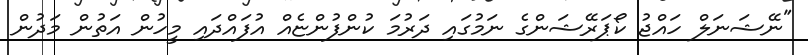
"ނޭޝަނަލް ހައްޖު ކޯޕަރޭޝަންގެ ނަމުގައި ދަރުމަ ކުންފުންޏެއް އުފައްދައި މީހުން އަތުން މަދުން